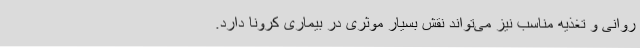
روانی و تغذیه مناسب نیز می‌تواند نقش بسیار موثری در بیماری کرونا دارد.